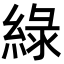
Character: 綠